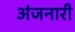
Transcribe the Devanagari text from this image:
अंजनारी